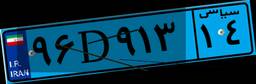
۳۸D۶۰۰۸۴